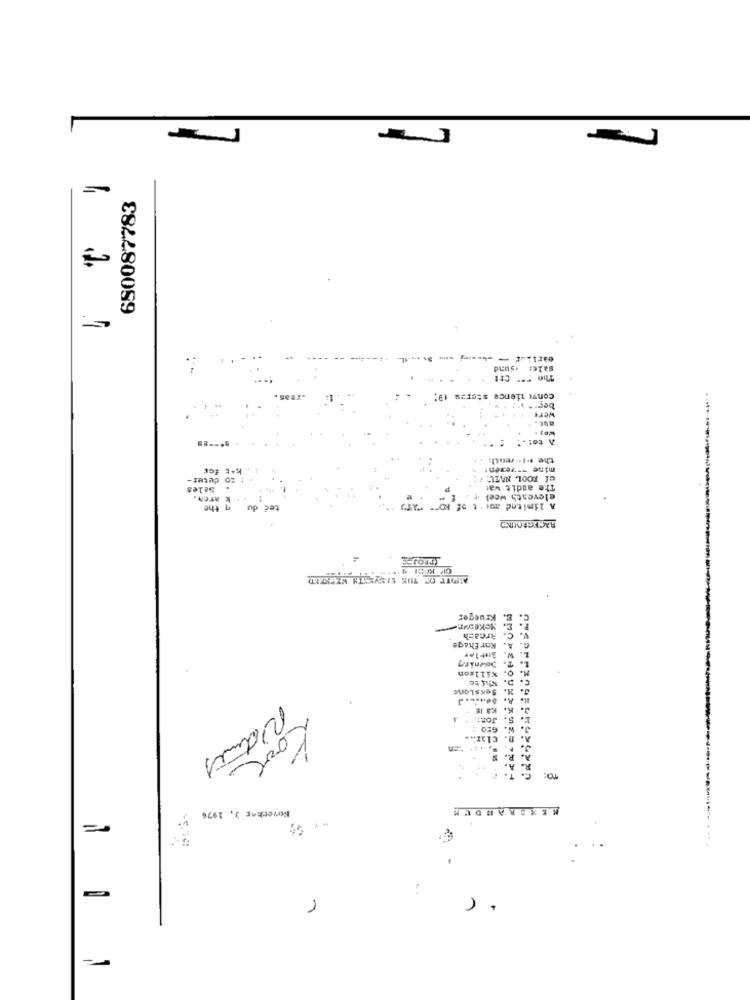
680087783
sales isund
The " ** Ctt
.Inas
convi sience stores (3;
ber * v'!
Wert
auc.
À tot .:
the .1.setill
kat for
mine -- yemen1
deter-
ef FOOL NATL:
Nales
The audit wat
ATOM.
eleventh week
the
teć du
A limited aur't of Ko"" "AT
RACEGROUND
krueger
E.
MckeSur
Breach
Kor Ehage
W.
Downing
T.
L. :
Killzon
C. D.
2. SexsLone
A.
K.
J.
Jon :.
5.
Platines
Love
TO:
KEXBRANDEN
Boverher 3, 1976
--